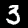
Digit: 3